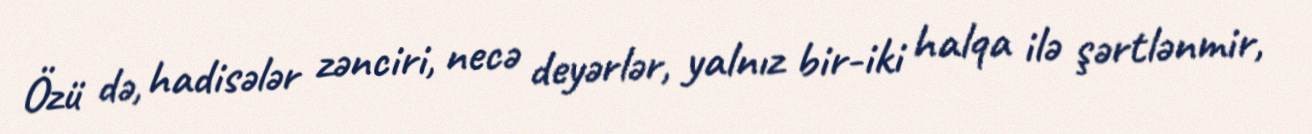
Özü də, hadisələr zənciri, necə deyərlər, yalnız bir-iki halqa ilə şərtlənmir,